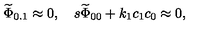
{ \widetilde \Phi } _ { 0 . 1 } \approx 0 , \quad s { \widetilde \Phi } _ { 0 0 } + k _ { 1 } c _ { 1 } c _ { 0 } \approx 0 ,